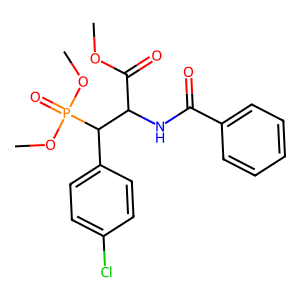
SMILES: COC(=O)C(NC(=O)c1ccccc1)C(c1ccc(Cl)cc1)P(=O)(OC)OC
Inhibits HIV replication: No